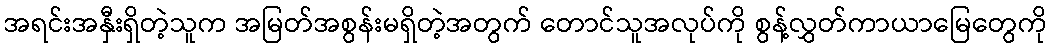
အရင်းအနှီးရှိတဲ့သူက အမြတ်အစွန်းမရှိတဲ့အတွက် တောင်သူအလုပ်ကို စွန့်လွှတ်ကာယာမြေတွေကို